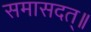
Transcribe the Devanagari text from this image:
समासदत्॥